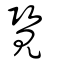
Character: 覽